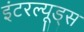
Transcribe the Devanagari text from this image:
इंटरल्यूड्स